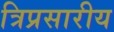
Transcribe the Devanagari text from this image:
त्रिप्रसारीय